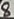
Text: 8